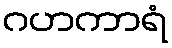
ဂဟကာရံ